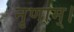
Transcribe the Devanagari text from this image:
नृणाम्‌।